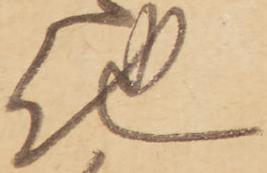
他